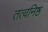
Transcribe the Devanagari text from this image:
तत्वनिष्ठ